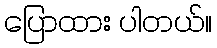
ပြောထား ပါတယ်။